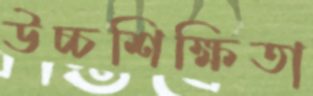
উচ্চশিক্ষিতা